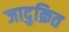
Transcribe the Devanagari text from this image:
जादुक्रित